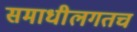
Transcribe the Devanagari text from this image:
समाधीलगतच